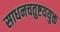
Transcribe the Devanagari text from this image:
साधनचतुष्टययुक्त